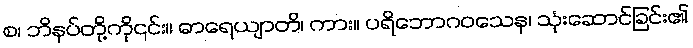
စ၊ ဘိနပ်တို့ကို၎င်း။ ဓာရေယျာတိ၊ ကား။ ပရိဘောဂဝသေန၊ သုံးဆောင်ခြင်း၏